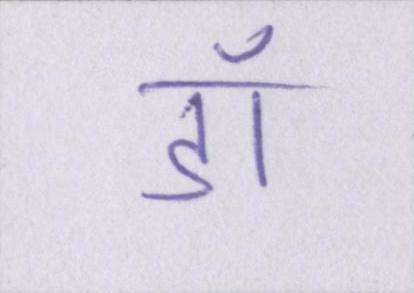
डॉ